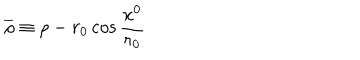
LaTeX: \overline { { { \rho } } } \equiv \rho - r _ { 0 } \cos { \frac { x ^ { 0 } } { r _ { 0 } } }